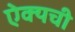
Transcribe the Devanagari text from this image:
ऐक्यची